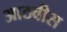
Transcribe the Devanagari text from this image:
आठवीस